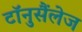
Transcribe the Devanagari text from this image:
टॉनुसैंलेज